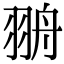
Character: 𦐩